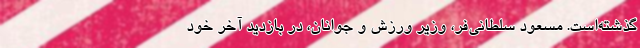
گذشته‌است. مسعود سلطانی‌فر، وزیر ورزش و جوانان، در بازدید آخر خود